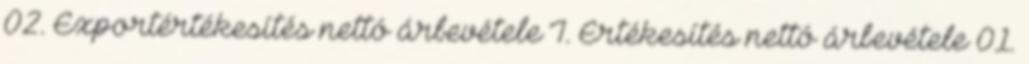
02. Exportértékesítés nettó árbevétele I. Értékesítés nettó árbevétele 01.